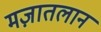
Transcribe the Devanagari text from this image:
मज़ातलान